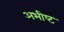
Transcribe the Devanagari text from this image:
अभीष्‍ट